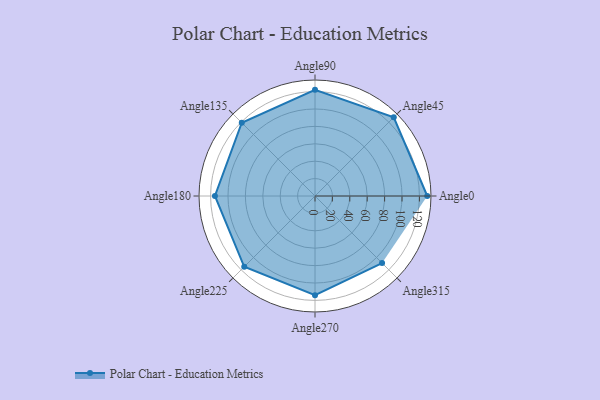
{"axis": {"x": "Angle", "y": "Radius"}, "legend": [""], "data": [{"x": "Angle0", "y": 129.0, "type": ""}, {"x": "Angle45", "y": 128.0, "type": ""}, {"x": "Angle90", "y": 122.0, "type": ""}, {"x": "Angle135", "y": 119.0, "type": ""}, {"x": "Angle180", "y": 115.0, "type": ""}, {"x": "Angle225", "y": 115.0, "type": ""}, {"x": "Angle270", "y": 114.0, "type": ""}, {"x": "Angle315", "y": 109.0, "type": ""}]}